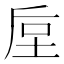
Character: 垕